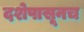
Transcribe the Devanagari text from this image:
दशेपासूनच